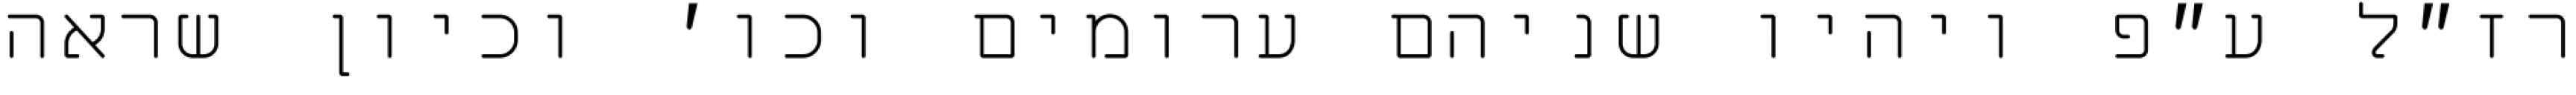
רז״ל ע״פ ויהיו שניהם ערומים וכו׳ וכיון שראה